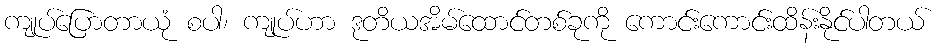
ကျုပ်ပြောတာယုံ စပါ၊ ကျုပ်ဟာ ဒုတိယအိမ်ထောင်တစ်ခုကို ကောင်းကောင်းထိန်းနိုင်ပါတယ်